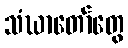
သံဃာတော်တွေ